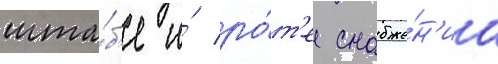
шта́б'е и́ ро́т'е снабже́н'иа